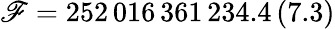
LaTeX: \mathscr{F}=252\, 016\, 361\, 234.4\, (7.3)